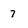
Character: 7